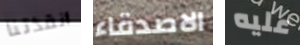
أنقذتنا الاصدقاء عليه